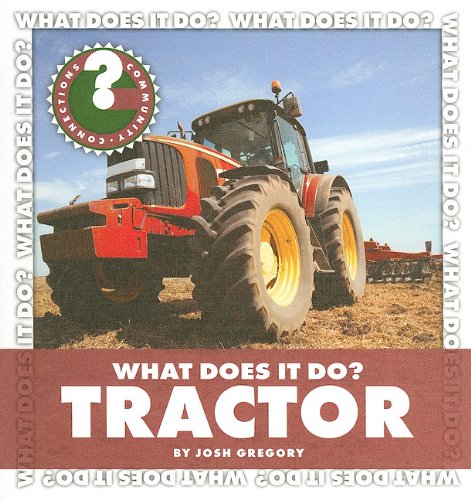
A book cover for Tractor (Community Connections: What Does It Do?); Josh Gregory; Children's Books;